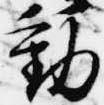
動